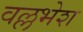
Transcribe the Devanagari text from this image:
वल्लभेश